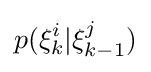
p(\xi _{k}^{i}|\xi _{k-1}^{j})